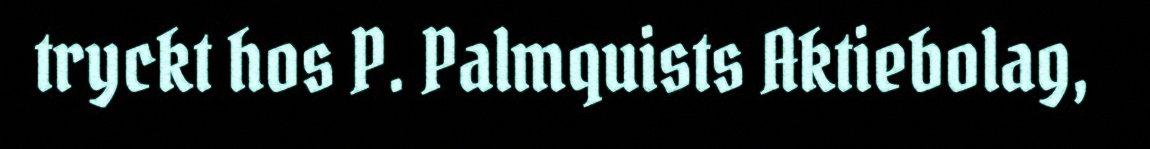
tryckt hos P. Palmquists Aktiebolag,